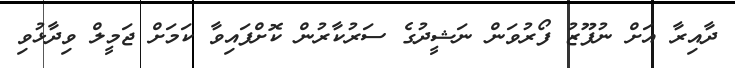
ދާއިރާ އަށް ނުފޫޒު ފޯރުވަން ނަޝީދުގެ ސަރުކާރުން ކޮށްފައިވާ ކަމަށް ޖަމީލް ވިދާޅުވި